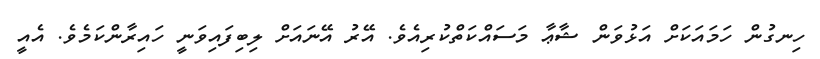
ހިނގުން ހަމައަކަށް އަޅުވަން ޝާޢާ މަސައްކަތްކުރިއެވެ. އޭރު އޭނައަށް ލިބިފައިވަނީ ހައިރާންކަމެވެ. އެއީ